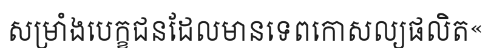
សម្រាំងបេក្ខជនដែលមានទេពកោសល្យផលិត«